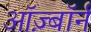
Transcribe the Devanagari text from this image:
ऑज़्बॉर्न